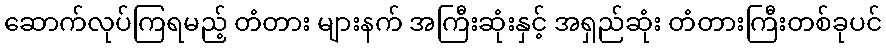
ဆောက်လုပ်ကြရမည့် တံတား များနက် အကြီးဆုံးနှင့် အရှည်ဆုံး တံတားကြီးတစ်ခုပင်